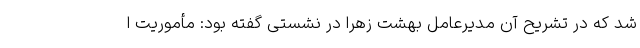
شد که در تشریح آن مدیرعامل بهشت زهرا در نشستی گفته بود: مأموریت ا